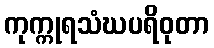
ကုက္ကုရသံဃပရိဝုတာ